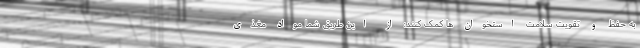
به حفظ و تقویت سلامت استخوان ها کمک کنند: از این طریق شما مواد مغذی